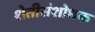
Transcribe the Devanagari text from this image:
शेतीसंशोधक